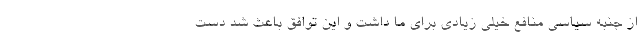
از جنبه سیاسی منافع خیلی زیادی برای ما داشت و این توافق باعث شد دست